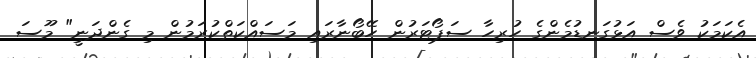
އެކަމަކު ވެސް އަޅުގަނޑުމެންގެ ހުރިހާ ސަޕޯޓަރުން ހޭބޯނާރައި މަސައްކަތްކުރަމުން މި ގެންދަނީ" މޫސަ